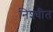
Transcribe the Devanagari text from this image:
निश्‍चीत